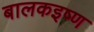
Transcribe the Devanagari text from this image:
बालकइष्ण